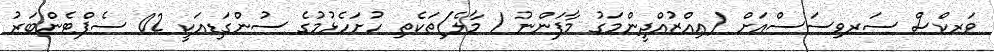
ވަރކްސް ސަރވިސަސްއަށް (ޢިއްޒުއްދީންމަގު މާފަންނު / މާލެ)ތަކެތި ހުށަހެޅުމުގެ ސުންގަޑިއަކީ 02 ސެޕްޓެންބަރު